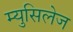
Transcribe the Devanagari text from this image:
म्युसिलेज